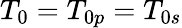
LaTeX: T_{0}=T_{0p}=T_{0s}